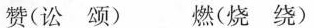
赞(讼颂) 燃(烧绕)